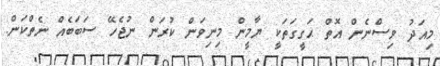
މިއަދު ވިސްނެން އޮތް ޙަގީގަތަކީ ޔާމީން މިނިވަން ކުރަން ނުޖެހޭ ސަބަބެއް ނެތްކަން.